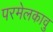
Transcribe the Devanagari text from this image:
परमेलकावु